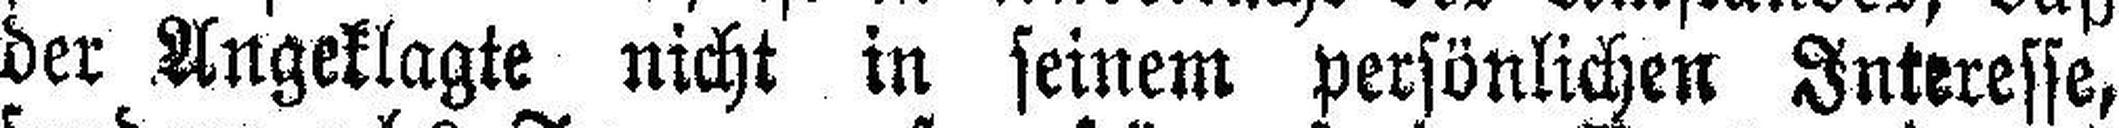
der Angeklagte nicht in seinem persönlichen Interesse,